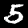
Label: 5